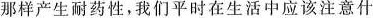
那样产生耐药性，我们平时在生活中应该注意什